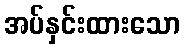
အပ်နှင်းထားသော